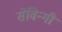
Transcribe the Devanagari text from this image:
सेविन्गी